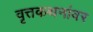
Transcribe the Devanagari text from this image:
वृत्तकथनांवर